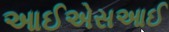
આઈએસઆઈ